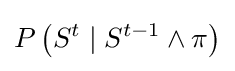
P\left(S^{t}\mid S^{t-1}\wedge \pi \right)